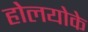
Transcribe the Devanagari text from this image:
होलयोके